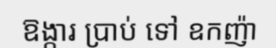
ឱង្ការ ប្រាប់ ទៅ ឧកញ៉ា